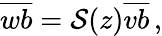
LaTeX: \overline{{wb}}={\cal S}(z)\overline{{vb}}\, ,